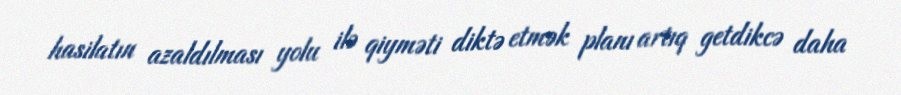
hasilatın azaldılması yolu ilə qiyməti diktə etmək planı artıq getdikcə daha